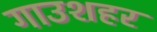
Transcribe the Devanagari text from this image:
गाउशहर